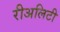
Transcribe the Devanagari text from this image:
रीअलिटी